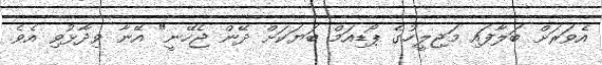
އެވަރަށް ބަލާފައި މަޖިލީހުގެ ޕޯޑިއަމް ބަޔަކަށް ދޭން ޖެހޭނީ" އޭނާ ވިދާޅުވި އެވެ.